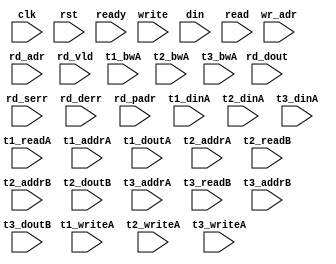
/*
 * Copyright (C) 2011 Memoir Systems Inc. These coded instructions, statements, and computer programs are
 * Confidential Proprietary Information of Memoir Systems Inc. and may not be disclosed to third parties
 * or copied in any form, in whole or in part, without the prior written consent of Memoir Systems Inc.
 * 
 * */

module algo_2r1w_a682_sva_wrap
#(parameter IP_WIDTH = 32, parameter IP_BITWIDTH = 5, parameter IP_DECCBITS = 7, parameter IP_NUMADDR = 8192, parameter IP_BITADDR = 13, 
parameter IP_NUMVBNK = 4,	parameter IP_BITVBNK = 2, parameter IP_BITPBNK = 3,
parameter IP_ENAEXT = 0, parameter IP_ENAECC = 0, parameter IP_ENAPAR = 0, parameter IP_SECCBITS = 4, parameter IP_SECCDWIDTH = 3, 
parameter FLOPECC = 0, parameter FLOPIN = 0, parameter FLOPOUT = 0, parameter FLOPCMD = 0, parameter FLOPMEM = 0,
parameter IP_REFRESH = 1, parameter IP_REFFREQ = 6,  parameter IP_REFFRHF = 0,

parameter T1_WIDTH = 32, parameter T1_NUMVBNK = 4, parameter T1_BITVBNK = 2, parameter T1_DELAY = 2, parameter T1_NUMVROW = 2048, parameter T1_BITVROW = 11,
parameter T1_BITWSPF = 0, parameter T1_NUMWRDS = 1, parameter T1_BITWRDS = 0, parameter T1_NUMSROW = 2048, parameter T1_BITSROW = 11, parameter T1_PHYWDTH = 32,

parameter T2_WIDTH = 10, parameter T2_NUMVBNK = 6, parameter T2_BITVBNK = 3, parameter T2_DELAY = 1, parameter T2_NUMVROW = 2048, parameter T2_BITVROW = 11,
parameter T2_BITWSPF = 0, parameter T2_NUMWRDS = 1, parameter T2_BITWRDS = 0, parameter T2_NUMSROW = 2048, parameter T2_BITSROW = 11, parameter T2_PHYWDTH = 10,

parameter T3_WIDTH = 71, parameter T3_NUMVBNK = 6, parameter T3_BITVBNK = 3, parameter T3_DELAY = 1, parameter T3_NUMVROW = 2048, parameter T3_BITVROW = 11,
parameter T3_BITWSPF = 0, parameter T3_NUMWRDS = 1, parameter T3_BITWRDS = 0, parameter T3_NUMSROW = 2048, parameter T3_BITSROW = 11, parameter T3_PHYWDTH = 71)
( clk,  rst,  ready,
  write,   wr_adr,   din,
  read,   rd_adr,   rd_dout,   rd_vld,   rd_serr,   rd_derr,   rd_padr,
  t1_readA,   t1_writeA,   t1_addrA,   t1_dinA,   t1_bwA,   t1_doutA,
  t2_writeA,   t2_addrA,   t2_dinA,   t2_bwA,   
  t2_readB,   t2_addrB,   t2_doutB,
  t3_writeA,   t3_addrA,   t3_dinA,   t3_bwA,   
  t3_readB,   t3_addrB,   t3_doutB);
  
  parameter NUMRDPT = 2;
  parameter NUMRWPT = 0;
  parameter NUMWRPT = 1;
  
  parameter WIDTH = IP_WIDTH;
  parameter BITWDTH = IP_BITWIDTH;
  parameter ENAEXT = IP_ENAEXT;
  parameter ENAPAR = IP_ENAPAR;
  parameter ENAECC = IP_ENAECC;
  parameter ECCWDTH = IP_DECCBITS;
  parameter NUMADDR = IP_NUMADDR;
  parameter BITADDR = IP_BITADDR;
  parameter NUMVROW1 = T1_NUMVROW;  // ALGO1 Parameters
  parameter BITVROW1 = T1_BITVROW;
  parameter NUMVBNK1 = IP_NUMVBNK;
  parameter BITVBNK1 = IP_BITVBNK;
  parameter BITPBNK1 = IP_BITPBNK;
  parameter FLOPIN1 = FLOPIN;
  parameter FLOPOUT1 = FLOPOUT;
  parameter NUMWRDS1 = T1_NUMWRDS;     // ALIGN Parameters
  parameter BITWRDS1 = T1_BITWRDS;
  parameter NUMSROW1 = T1_NUMSROW;
  parameter BITSROW1 = T1_BITSROW;
  parameter PHYWDTH1 = T1_PHYWDTH;
  
  parameter ECCBITS = IP_SECCBITS;
  parameter SRAM_DELAY = T2_DELAY;
  parameter DRAM_DELAY = T1_DELAY;

  parameter MEMWDTH = ENAEXT ? WIDTH : ENAPAR ? WIDTH+1 : ENAECC ? WIDTH+ECCWDTH : WIDTH;
  parameter BITPADR = BITPBNK1+BITSROW1+BITWRDS1+1;

  parameter SDOUT_WIDTH = 2*(BITVBNK1+1)+ECCBITS;
  parameter CDOUT_WIDTH = 2*WIDTH+ECCWDTH;
  parameter NUMCASH = NUMRDPT+NUMRWPT+NUMWRPT-1;

  input  [NUMWRPT - 1:0]            write; 
  input  [NUMWRPT* BITADDR - 1:0]     wr_adr; 
  input  [NUMWRPT* WIDTH - 1:0]        din;

  input  [NUMRDPT - 1:0]             read; 
  input  [NUMRDPT* BITADDR - 1:0]     rd_adr; 
  input [NUMRDPT* WIDTH - 1:0]     rd_dout; 
  input [NUMRDPT - 1:0]             rd_vld; 
  input [NUMRDPT - 1:0]             rd_serr; 
  input [NUMRDPT - 1:0]             rd_derr; 
  input [NUMRDPT* BITPADR - 1:0]     rd_padr;

  input                         ready;
  input                          clk, rst;

  input [NUMVBNK1*NUMRDPT-1:0] t1_readA;
  input [NUMVBNK1*NUMRDPT-1:0] t1_writeA;
  input [NUMVBNK1*NUMRDPT*BITSROW1-1:0] t1_addrA;
  input [NUMVBNK1*NUMRDPT*PHYWDTH1-1:0] t1_bwA;
  input [NUMVBNK1*NUMRDPT*PHYWDTH1-1:0] t1_dinA;
  input [NUMVBNK1*NUMRDPT*PHYWDTH1-1:0] t1_doutA;

  parameter SHORTWR = 3;
  input [SHORTWR*NUMCASH*(NUMRWPT+NUMWRPT)-1:0] t2_writeA;
  input [SHORTWR*NUMCASH*(NUMRWPT+NUMWRPT)*BITVROW1-1:0] t2_addrA;
  input [SHORTWR*NUMCASH*(NUMRWPT+NUMWRPT)*SDOUT_WIDTH-1:0] t2_dinA;
  input [SHORTWR*NUMCASH*(NUMRWPT+NUMWRPT)*SDOUT_WIDTH-1:0] t2_bwA;
  input [NUMCASH*(NUMRDPT+NUMRWPT+NUMWRPT)-1:0] t2_readB;
  input [NUMCASH*(NUMRDPT+NUMRWPT+NUMWRPT)*BITVROW1-1:0] t2_addrB;
  input  [NUMCASH*(NUMRDPT+NUMRWPT+NUMWRPT)*SDOUT_WIDTH-1:0] t2_doutB;

  input [SHORTWR*NUMCASH*(NUMRWPT+NUMWRPT)-1:0] t3_writeA;
  input [SHORTWR*NUMCASH*(NUMRWPT+NUMWRPT)*BITVROW1-1:0] t3_addrA;
  input [SHORTWR*NUMCASH*(NUMRWPT+NUMWRPT)*CDOUT_WIDTH-1:0] t3_dinA;
  input [SHORTWR*NUMCASH*(NUMRWPT+NUMWRPT)*CDOUT_WIDTH-1:0] t3_bwA;
  input [NUMCASH*(NUMRDPT+NUMRWPT+NUMWRPT)-1:0] t3_readB;
  input [NUMCASH*(NUMRDPT+NUMRWPT+NUMWRPT)*BITVROW1-1:0] t3_addrB;
  input  [NUMCASH*(NUMRDPT+NUMRWPT+NUMWRPT)*CDOUT_WIDTH-1:0] t3_doutB;
  

endmodule